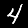
Digit: 4